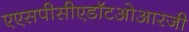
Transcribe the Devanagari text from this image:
एएसपीसीएडॉटओआरजी